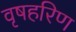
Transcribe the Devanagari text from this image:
वृषहरिण